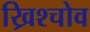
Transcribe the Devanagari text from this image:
ख्रिश्चोव